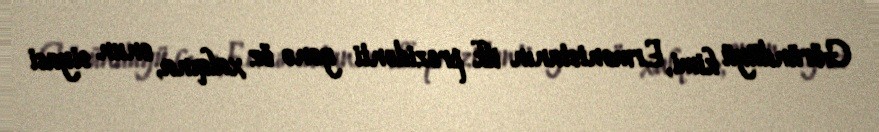
Göründüyü kimi, Ermənistanın ilk prezidenti yenə öz xalqına, onun siyasi